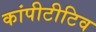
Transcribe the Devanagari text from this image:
कांपीटीटिव